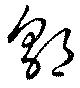
郭